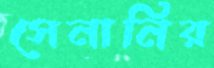
সেনানির